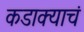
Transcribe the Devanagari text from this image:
कडाक्याचं